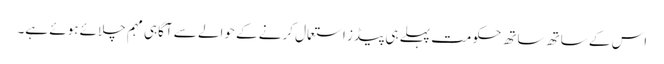
اس کے ساتھ ساتھ حکومت پہلے ہی پیڈز استعمال کرنے کے حوالے سے آگاہی مہم چلائے ہوئے ہے۔